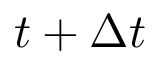
t + \Delta t